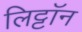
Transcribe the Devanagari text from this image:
लिट्टॉन